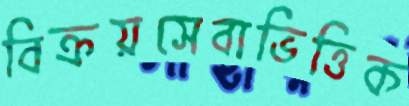
বিক্রয়সেবাভিত্তিক